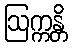
ဩက္ကန္တိ